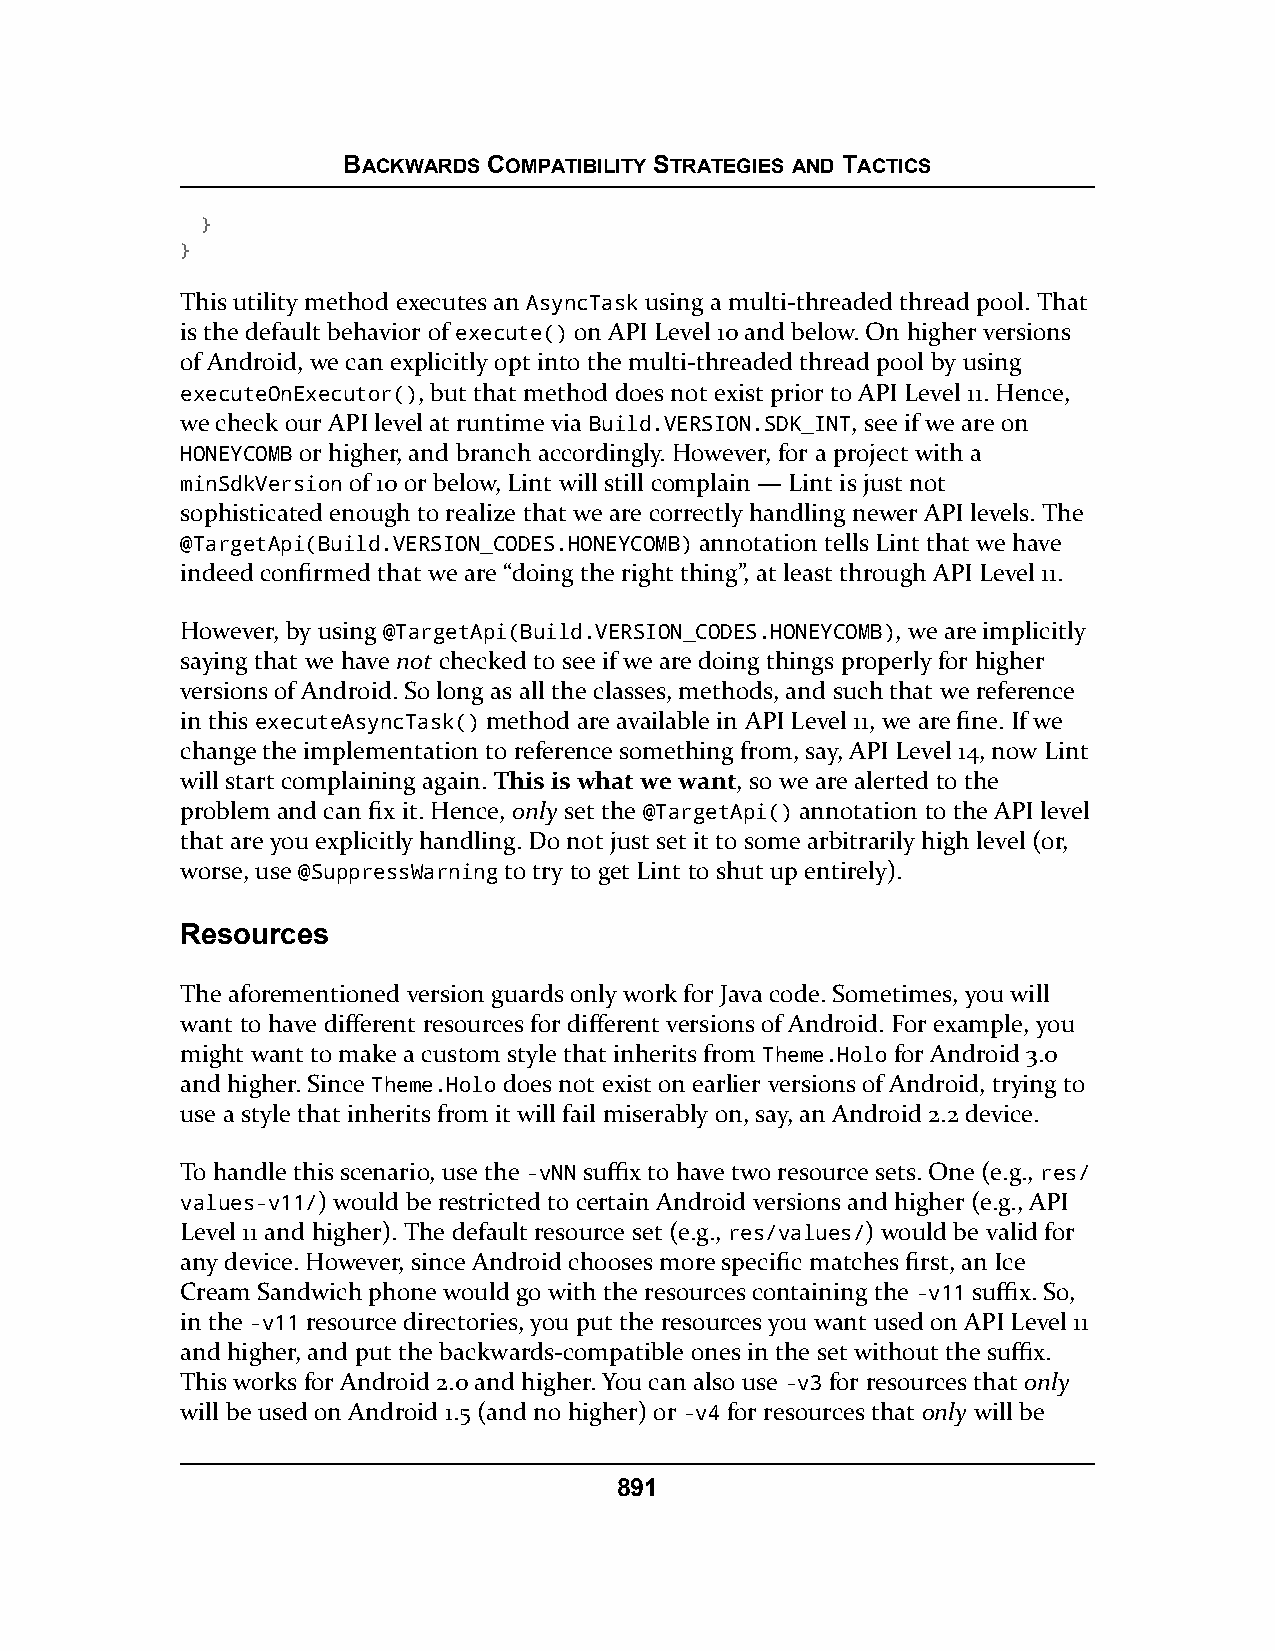
BACKWARDS COMPATIBILITY STRATEGIES AND TACTICS
 }
 }
 This utility method executes an AsyncTask using a multi-threaded thread pool. That
 is the default behavior of execute() on API Level 10 and below. On higher versions
 of Android, we can explicitly opt into the multi-threaded thread pool by using
 executeOnExecutor(), but that method does not exist prior to API Level 11. Hence,
 we check our API level at runtime via Build.VERSION.SDK_INT, see if we are on
 HONEYCOMB or higher, and branch accordingly. However, for a project with a
 minSdkVersion of 10 or below, Lint will still complain — Lint is just not
 sophisticated enough to realize that we are correctly handling newer API levels. The
 @TargetApi(Build.VERSION_CODES.HONEYCOMB) annotation tells Lint that we have
 indeed confirmed that we are “doing the right thing”, at least through API Level 11.
 However, by using @TargetApi(Build.VERSION_CODES.HONEYCOMB), we are implicitly
 saying that we have not checked to see if we are doing things properly for higher
 versions of Android. So long as all the classes, methods, and such that we reference
 in this executeAsyncTask() method are available in API Level 11, we are fine. If we
 change the implementation to reference something from, say, API Level 14, now Lint
 will start complaining again. This is what we want, so we are alerted to the
 problem and can fix it. Hence, only set the @TargetApi() annotation to the API level
 that are you explicitly handling. Do not just set it to some arbitrarily high level (or,
 worse, use @SuppressWarning to try to get Lint to shut up entirely).
 Resources
 The aforementioned version guards only work for Java code. Sometimes, you will
 want to have different resources for different versions of Android. For example, you
 might want to make a custom style that inherits from Theme.Holo for Android 3.0
 and higher. Since Theme.Holo does not exist on earlier versions of Android, trying to
 use a style that inherits from it will fail miserably on, say, an Android 2.2 device.
 To handle this scenario, use the -vNN suffix to have two resource sets. One (e.g., res/
 values-v11/) would be restricted to certain Android versions and higher (e.g., API
 Level 11 and higher). The default resource set (e.g., res/values/) would be valid for
 any device. However, since Android chooses more specific matches first, an Ice
 Cream Sandwich phone would go with the resources containing the -v11 suffix. So,
 in the -v11 resource directories, you put the resources you want used on API Level 11
 and higher, and put the backwards-compatible ones in the set without the suffix.
 This works for Android 2.0 and higher. You can also use -v3 for resources that only
 will be used on Android 1.5 (and no higher) or -v4 for resources that only will be
 891